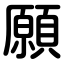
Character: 願